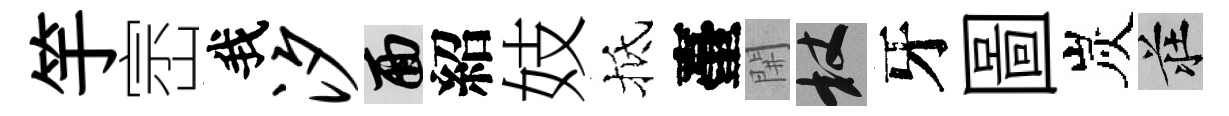
竽崈我汐面紹妓抵臺𨳩杖牙圖炭莊